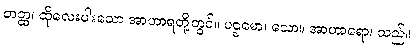
တတ္ထ၊ ထိုလေးပါးသော အာဟာရတို့တွင်။ ပဌမော၊ သော။ အာဟာရော၊ သည်။